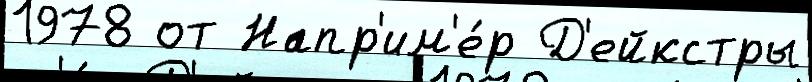
1978 от Напр'им'е́р Д'ейкстры